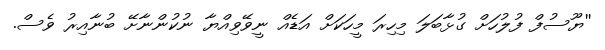
''ޔޫސުފް ފުލުހަށް ގުޅާބަލަ މިހިރަ މީހަކަށް އަޑެއް ނީވޭވިއްޔާ ނުކުންނާށޭ ބުނާއިރު ވެސް.